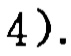
$4).$